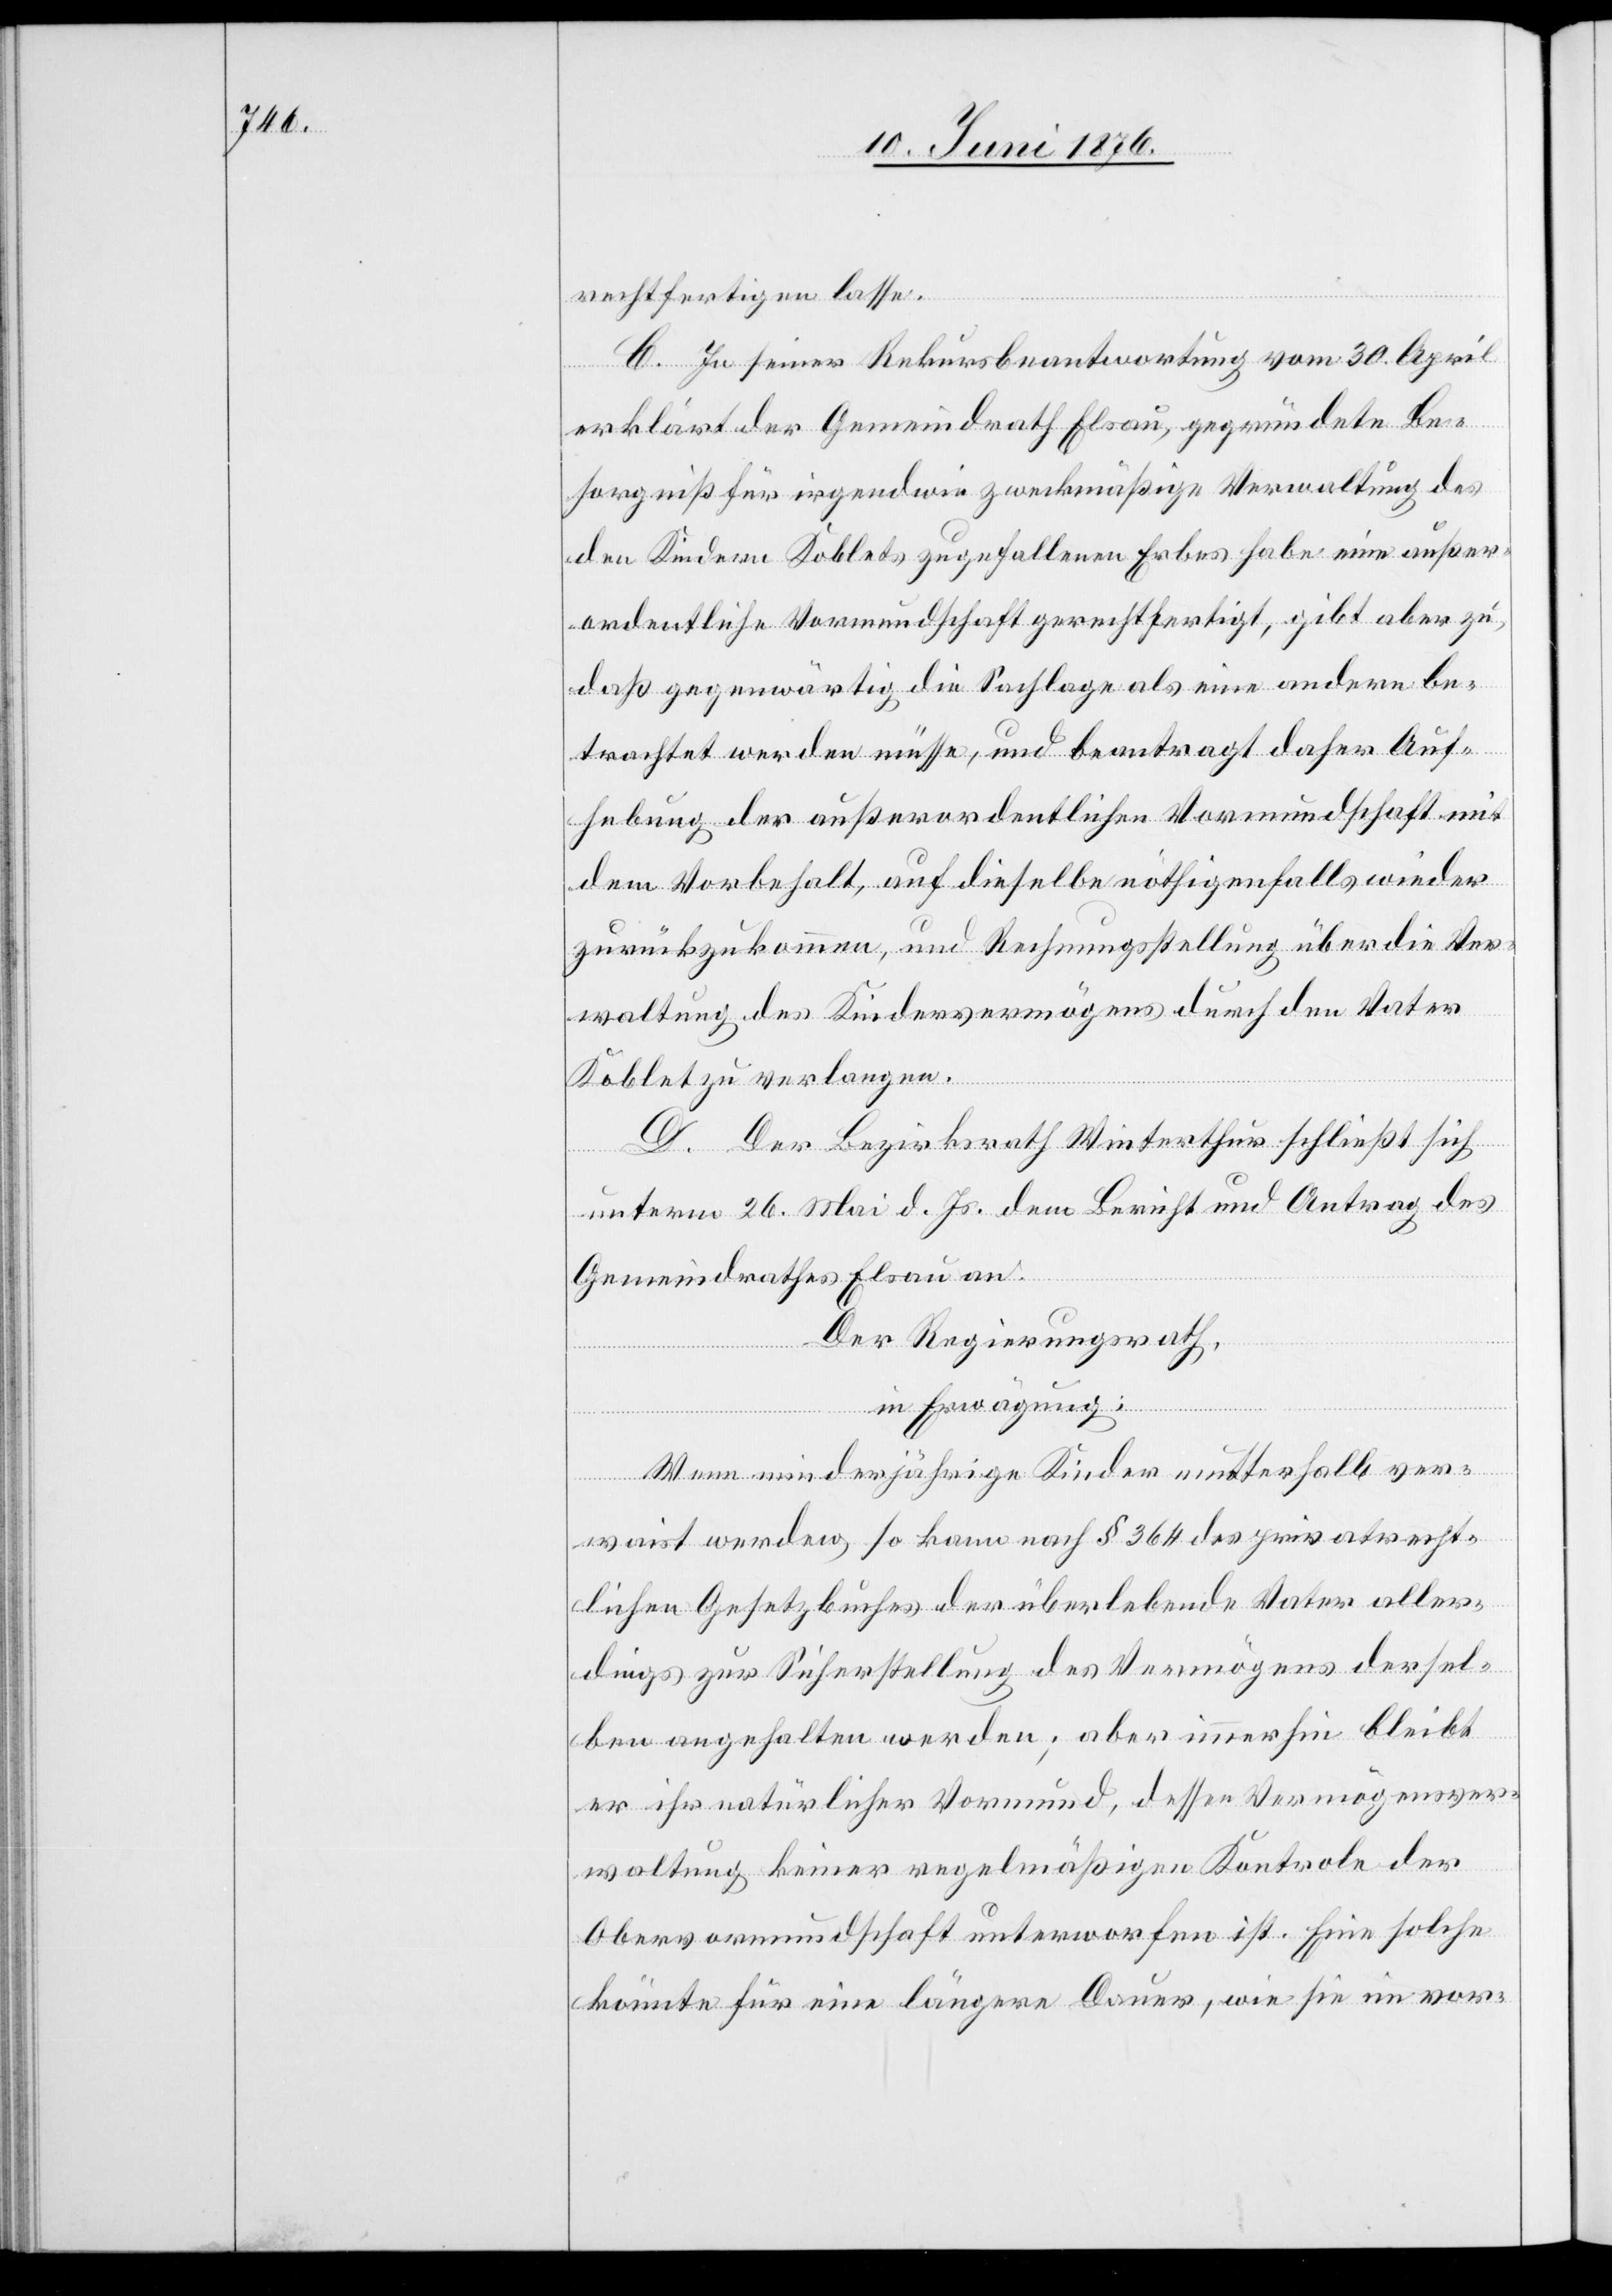
rechtfertigen lasse.
C. In seiner Rekursbeantwortung vom 30. April
erklärt der Gemeindrath Elsau, gegründete Be¬
sorgniß für irgendwie zweckmäßige Verwaltung d¬
en Kindern Koblets zugefallenen Erbes habe eine außer¬
ordentliche Vormundschaft gerechtfertigt, gibt aber zu,
daß gegenwärtig die Sachlage als eine andere be¬
trachtet werden müsse, und beantragt daher Auf¬
hebung der außerordentlichen Vormundschaft mit
dem Vorbehalt, auf dieselbe nöthigenfalls wieder
zurückzukommen, und Rechnungsstellung über die Ver¬
waltung des Kindervermögens durch den Vater
Koblet zu verlangen.
D. Der Bezirksrath Winterthur schließt sich
unterm 26. Mai d. Js. dem Bericht und Antrag des
Gemeindrathes Elsau an.
Der Regierungsrath,
in Erwägung:
Wenn minderjährige Kinder mutterhalb ver¬
waist werden, so kann nach § 364 des privatrecht¬
lichen Gesetzbuches der überlebende Vater aller¬
dings zur Sicherstellung des Vermögens dersel¬
ben angehalten werden; aber immerhin bleibt
er ihr natürlicher Vormund, dessen Vermögensver¬
waltung keiner regelmäßigen Kontrole der
Obervormundschaft unterworfen ist. Eine solche
könnte für eine längere Dauer, wie sie im vor-